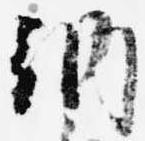
納